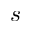
s